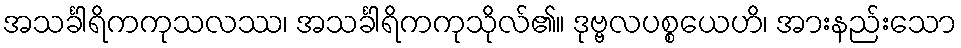
အသင်္ခါရိကကုသလဿ၊ အသင်္ခါရိကကုသိုလ်၏။ ဒုဗ္ဗလပစ္စယေဟိ၊ အားနည်းသော